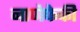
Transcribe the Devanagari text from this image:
नाणेफेकी